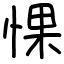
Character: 惈